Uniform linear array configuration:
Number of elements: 48
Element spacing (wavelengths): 0.25
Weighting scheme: blackman
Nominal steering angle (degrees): -30
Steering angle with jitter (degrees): -29.302
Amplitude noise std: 0.05
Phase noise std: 0.05

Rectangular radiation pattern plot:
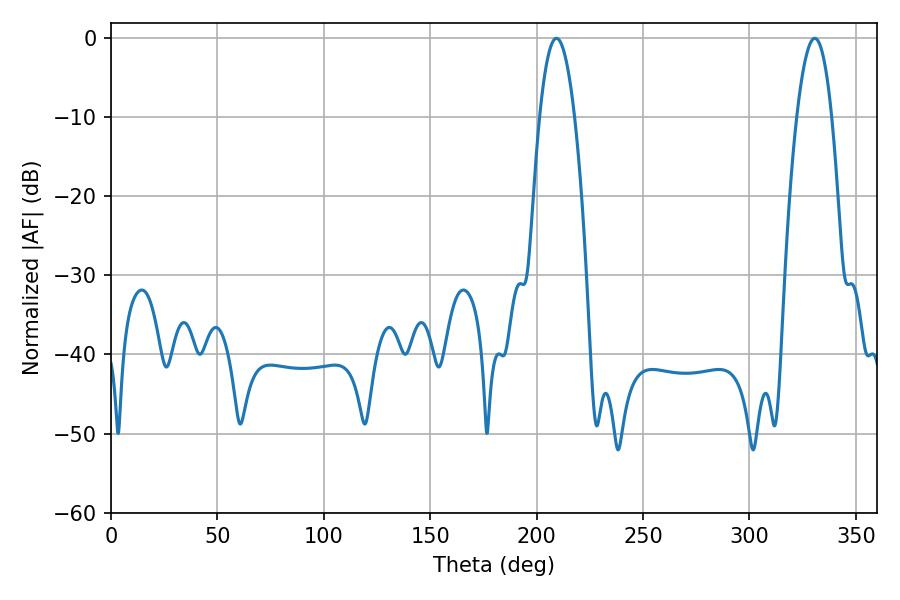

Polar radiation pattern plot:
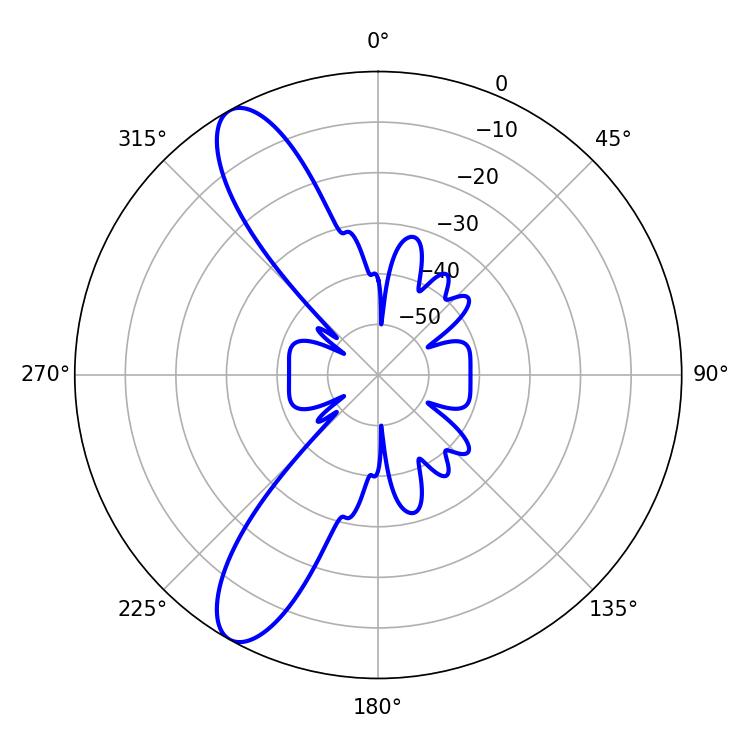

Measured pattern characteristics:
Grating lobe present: FALSE
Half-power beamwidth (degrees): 9
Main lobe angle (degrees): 209.34